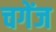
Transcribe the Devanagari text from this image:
चगेंज